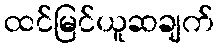
ထင်မြင်ယူဆချက်